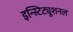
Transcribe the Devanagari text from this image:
इन्स्टिट्यूशनल